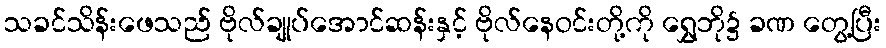
သခင်သိန်းဖေသည် ဗိုလ်ချုပ်အောင်ဆန်းနှင့် ဗိုလ်နေဝင်းတို့ကို ရွှေဘို၌ ခဏ တွေ့ပြီး